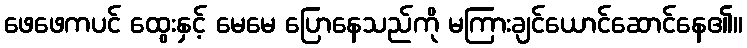
ဖေဖေကပင် ထွေးနှင့် မေမေ ပြောနေသည်ကို မကြားချင်ယောင်ဆောင်နေ၏။